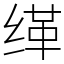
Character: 缂